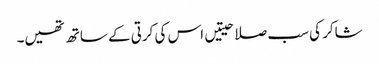
شاکر کی سب صلاحیتیں اس کی کرتی کے ساتھ تھیں۔